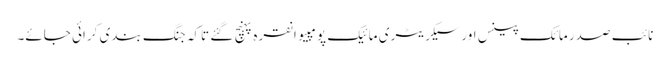
نائب صدر مائک پینس اور سیکریٹری مائیک پومپیو انقرہ پہنچ گئے تاکہ جنگ بندی کرائی جائے۔